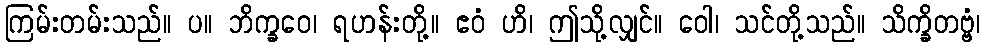
ကြမ်းတမ်းသည်။ ပ။ ဘိက္ခဝေ၊ ရဟန်းတို့။ ဧဝံ ဟိ၊ ဤသို့လျှင်။ ဝေါ၊ သင်တို့သည်။ သိက္ခိတဗ္ဗံ၊